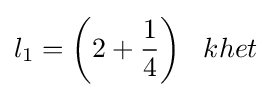
l_{1}={\bigg (}2+{\frac {1}{4}}{\bigg )}\;\;\;khet